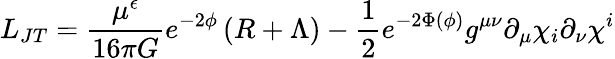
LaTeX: L_{JT}=\frac{\mu^{\epsilon}}{16\pi G}e^{-2\phi}\left(R+\Lambda\right)-{\frac{1}{2}}e^{-2\Phi(\phi)}g^{\mu\nu}\partial_{\mu}\chi_{i}\partial_{\nu}\chi^{i}